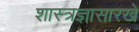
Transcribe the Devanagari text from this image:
शास्त्रज्ञासारखे